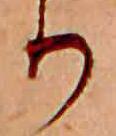
り